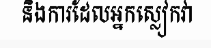
និងការដែលអ្នកស្លៀកវា